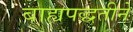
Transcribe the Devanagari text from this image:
बाह्यपद्धतीने